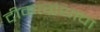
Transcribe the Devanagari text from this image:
टीकाग्रंथाचा